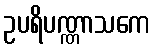
ဥပရိပဏ္ဏာသကေ